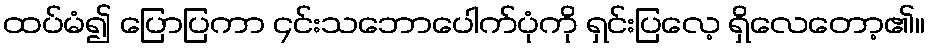
ထပ်မံ၍ ပြောပြကာ ၄င်းသဘောပေါက်ပုံကို ရှင်းပြလေ့ ရှိလေတော့၏။